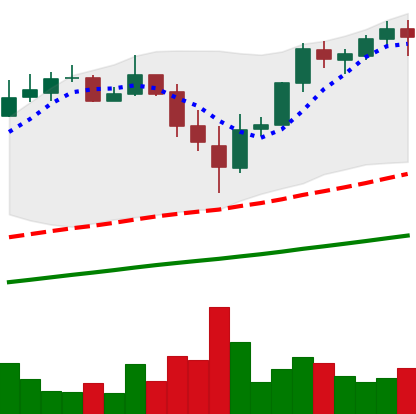
Ticker: BTC-USD
Chart end date: 2017-11-21
Forward return: 15.602%
Label: up_7plus